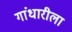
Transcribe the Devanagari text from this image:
गांधारीला